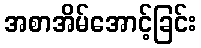
အစာအိမ်အောင့်ခြင်း